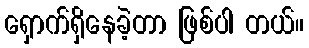
ရှောက်ရှိနေခဲ့တာ ဖြစ်ပါ တယ်။